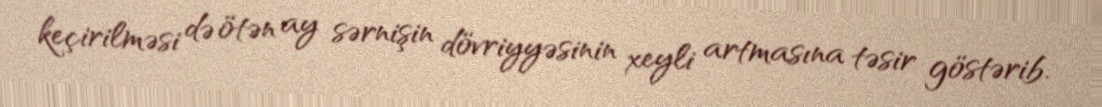
keçirilməsi də ötən ay sərnişin dövriyyəsinin xeyli artmasına təsir göstərib.